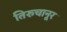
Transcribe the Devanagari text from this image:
तिरुचानूर